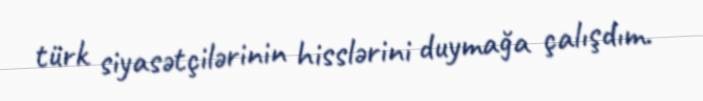
türk siyasətçilərinin hisslərini duymağa çalışdım.